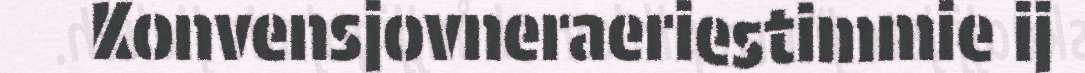
Konvensjovneraeriestimmie ij